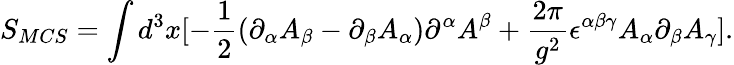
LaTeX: S_{MCS}=\int d^{3}x[-\frac{1}{2}(\partial_{\alpha}A_{\beta}-\partial_{\beta}A_{\alpha})\partial^{\alpha}A^{\beta}+\frac{2\pi}{g^{2}}\epsilon^{\alpha\beta\gamma}A_{\alpha}\partial_{\beta}A_{\gamma}].